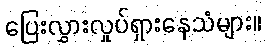
ပြေးလွှားလှုပ်ရှားနေသံများ။